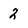
Character: 2